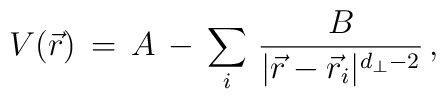
V({\vec r})\,=\,A\,-\,\sum_{i}\,{B\over|{\vec r}-{\vec r}_i|^{d_\perp-2}}\,,